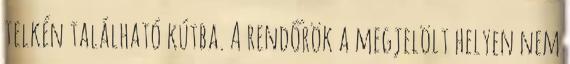
telkén található kútba. A rendőrök a megjelölt helyen nem